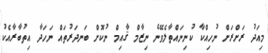
މިއަދު ރަށްރަށް ނުހިއްކާ ކުނިނައްތާލެވޭނެ ނިޒާމް ޤާއިމް ނުކޮށް ބަނދަރުތައް ނަހަދާ އިތުބާރާއެކު